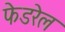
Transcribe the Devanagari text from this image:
फेडरेल